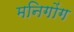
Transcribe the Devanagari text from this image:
मनिगोंग